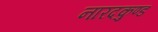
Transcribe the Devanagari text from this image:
नारदकुण्ड